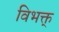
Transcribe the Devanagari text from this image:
विभक्त्